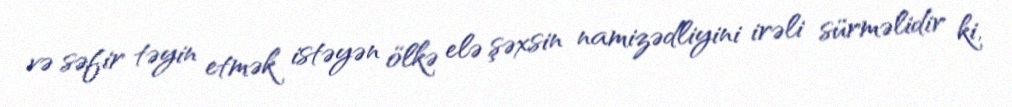
və səfir təyin etmək istəyən ölkə elə şəxsin namizədliyini irəli sürməlidir ki,